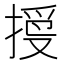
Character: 𢱄